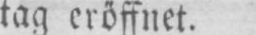
tag eröffnet.